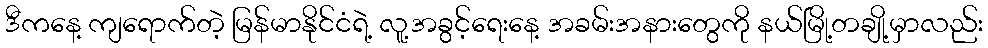
ဒီကနေ့ ကျရောက်တဲ့ မြန်မာနိုင်ငံရဲ့ လူ့အခွင့်ရေးနေ့ အခမ်းအနားတွေကို နယ်မြို့တချို့မှာလည်း